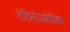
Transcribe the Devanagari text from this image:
लेटिनोअमेरिका